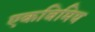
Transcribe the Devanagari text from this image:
एकबिमिय